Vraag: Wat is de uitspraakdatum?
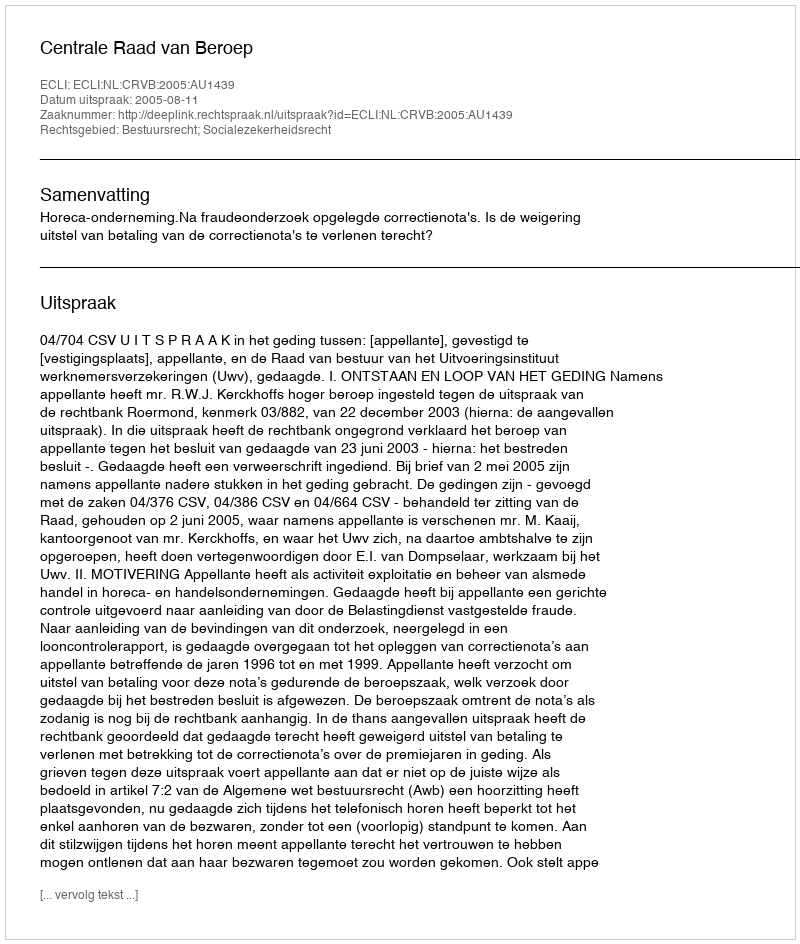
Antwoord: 2005-08-11